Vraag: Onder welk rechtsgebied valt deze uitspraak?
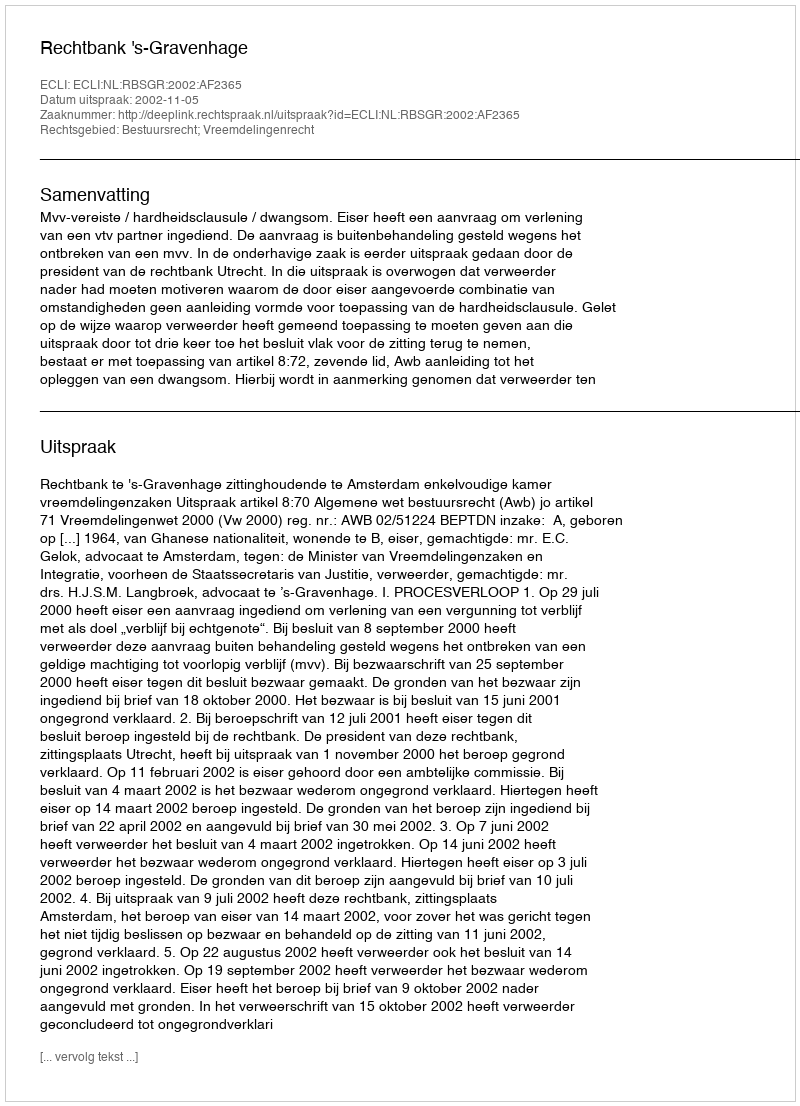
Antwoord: Bestuursrecht; Vreemdelingenrecht